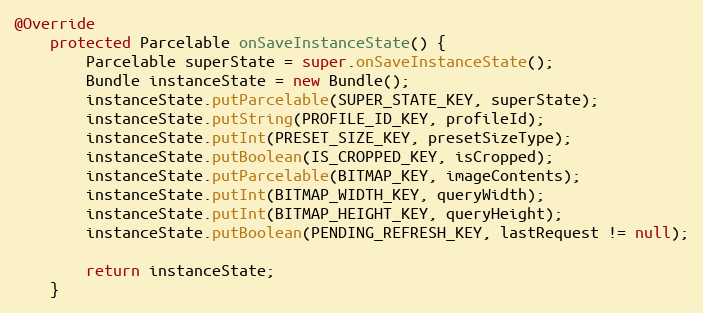
Language: Java
@Override
    protected Parcelable onSaveInstanceState() {
        Parcelable superState = super.onSaveInstanceState();
        Bundle instanceState = new Bundle();
        instanceState.putParcelable(SUPER_STATE_KEY, superState);
        instanceState.putString(PROFILE_ID_KEY, profileId);
        instanceState.putInt(PRESET_SIZE_KEY, presetSizeType);
        instanceState.putBoolean(IS_CROPPED_KEY, isCropped);
        instanceState.putParcelable(BITMAP_KEY, imageContents);
        instanceState.putInt(BITMAP_WIDTH_KEY, queryWidth);
        instanceState.putInt(BITMAP_HEIGHT_KEY, queryHeight);
        instanceState.putBoolean(PENDING_REFRESH_KEY, lastRequest != null);

        return instanceState;
    }